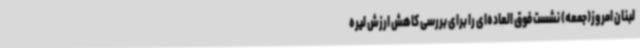
لبنان امروز(جمعه) نشست فوق العاده‌ای را برای بررسی کاهش ارزش لیره